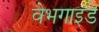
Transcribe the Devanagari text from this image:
वेभगाइड